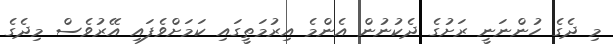
މި ދެގެ ހުންނަނީ ރަށުގެ ދެކުނުން އެންމެ އިރުމަތީގައި ކަމަށްވެފައި އޭރުވެސް މިދެގެ